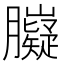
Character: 𦢾